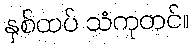
နှစ်ထပ် သံကုတင်။